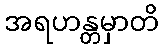
အရဟန္တမှာတိ